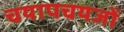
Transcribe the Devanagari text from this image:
चयापचयजों